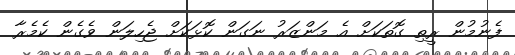
ފެނުމުން ރީތި ގޮތަކަށް އެ މަންޒަރު ނަގަން ކޮޅަކަށް ޖެހިލަން ވެގެން ކެމެރާ